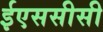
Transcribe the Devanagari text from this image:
ईएससीसी